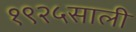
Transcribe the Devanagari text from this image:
१९२५साली